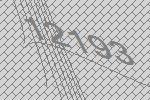
12193